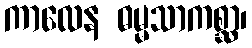
ကာလေန ဓမ္မသာကစ္ဆာ၊